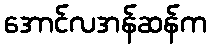
အောင်လအန်ဆန်က